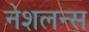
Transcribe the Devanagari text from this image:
नेशलन्स